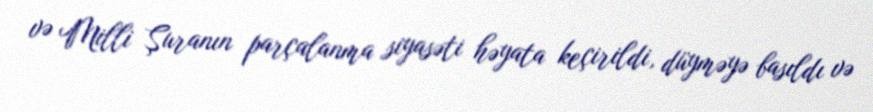
və Milli Şuranın parçalanma siyasəti həyata keçirildi, düyməyə basıldı və